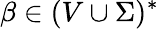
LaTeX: \beta\in(V\cup\Sigma)^{*}